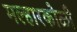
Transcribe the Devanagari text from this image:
मल्हारकोळी